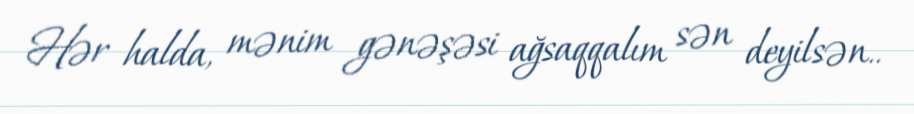
Hər halda, mənim gənəşəsi ağsaqqalım sən deyilsən..